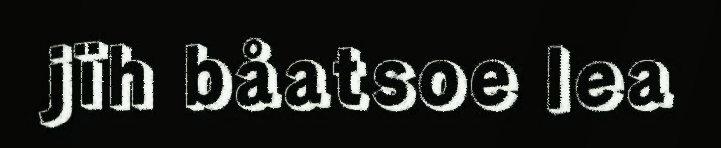
jïh båatsoe lea